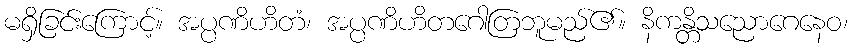
မရှိခြင်းကြောင့်။ အပ္ပဏိဟိတံ၊ အပ္ပဏိဟိတဂေါတြဘူမည်၏။ နိကန္တိသညောဂေနေဝ၊